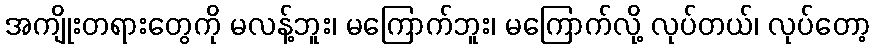
အကျိုးတရားတွေကို မလန့်ဘူး၊ မကြောက်ဘူး၊ မကြောက်လို့ လုပ်တယ်၊ လုပ်တော့